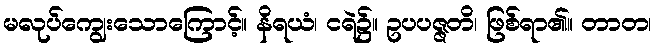
မလုပ်ကျွေးသောကြောင့်။ နိရယံ၊ ငရဲ၌။ ဥပပဇ္ဇတိ၊ ဖြစ်ရာ၏။ တာတ၊